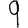
Digit: 9